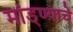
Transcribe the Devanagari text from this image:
मांड्ण्याचे